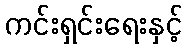
ကင်းရှင်းရေးနှင့်